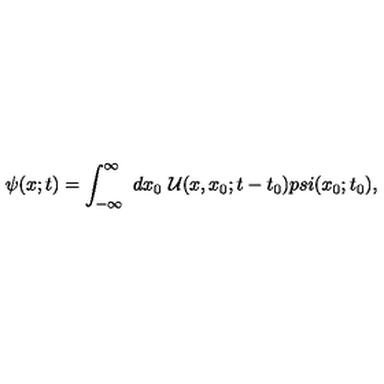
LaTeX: \psi ( x ; t ) = \int _ { - \infty } ^ { \infty } \ d x _ { 0 } \ { \cal U } ( x , x _ { 0 } ; t - t _ { 0 } ) p s i ( x _ { 0 } ; t _ { 0 } ) ,